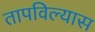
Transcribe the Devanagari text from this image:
तापविल्यास